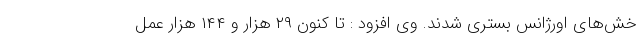
خش‌های اورژانس بستری شدند. وی افزود : تا کنون ۲۹ هزار و ۱۴۴ هزار عمل